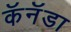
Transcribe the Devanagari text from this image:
कॅनॅडा